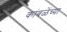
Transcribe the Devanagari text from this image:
कांबळेंच्या